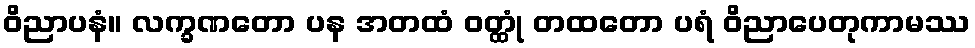
ဝိညာပနံ။ လက္ခဏတော ပန အတထံ ဝတ္ထုံ တထတော ပရံ ဝိညာပေတုကာမဿ